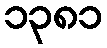
၁၃၈၁